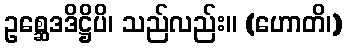
ဥစ္ဆေဒဒိဋ္ဌိပိ၊ သည်လည်း။ (ဟောတိ၊)